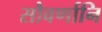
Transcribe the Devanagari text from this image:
सौवर्णानि